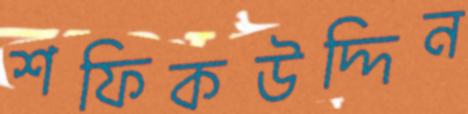
শফিকউদ্দিন